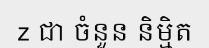
z ជា ចំនួន និម្មិត